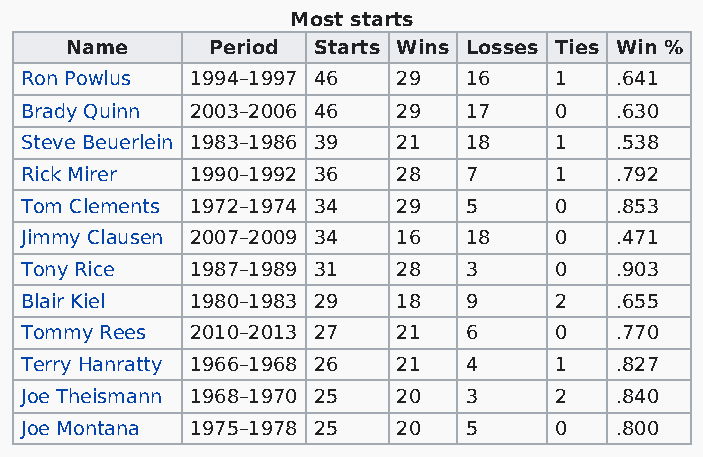
Most starts
 Name      Period Starts Wins Losses Ties Win %
 Ron Powlus  1994–1997 46 29   16    1   .641
 Brady Quinn 2003–2006 46 29   17    0   .630
 Steve Beuerlein 1983–1986 39 21 18  1   .538
 Rick Mirer  1990–1992 36 28   7     1   .792
 Tom Clements 1972–1974 34 29  5     0   .853
 Jimmy Clausen 2007–2009 34 16 18    0   .471
 Tony Rice   1987–1989 31 28   3     0   .903
 Blair Kiel  1980–1983 29 18   9     2   .655
 Tommy Rees  2010–2013 27 21   6     0   .770
 Terry Hanratty 1966–1968 26 21 4    1   .827
 Joe Theismann 1968–1970 25 20 3     2   .840
 Joe Montana 1975–1978 25 20   5     0   .800